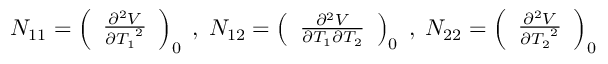
N _ { 1 1 } = \left( \begin{array} { l } { { { \frac { { \partial ^ { 2 } } V } { \partial { T _ { 1 } } ^ { 2 } } } } } \end{array} \right) _ { 0 } \; , \; N _ { 1 2 } = \left( \begin{array} { l } { { { \frac { { \partial ^ { 2 } } V } { \partial { T _ { 1 } } \partial { T _ { 2 } } } } } } \end{array} \right) _ { 0 } \; , \; N _ { 2 2 } = \left( \begin{array} { l } { { { \frac { { \partial ^ { 2 } } V } { \partial { T _ { 2 } } ^ { 2 } } } } } \end{array} \right) _ { 0 }